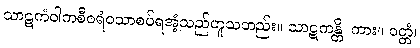
သာဋကံဝါကစီဝရံဝသာစပ်ရအံ့သည်ဟူသတည်း။ သာဋကန္တိ၊ ကား။ ဝတ္တံ၊